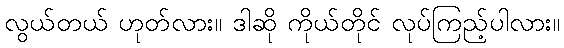
လွယ်တယ် ဟုတ်လား။ ဒါဆို ကိုယ်တိုင် လုပ်ကြည့်ပါလား။